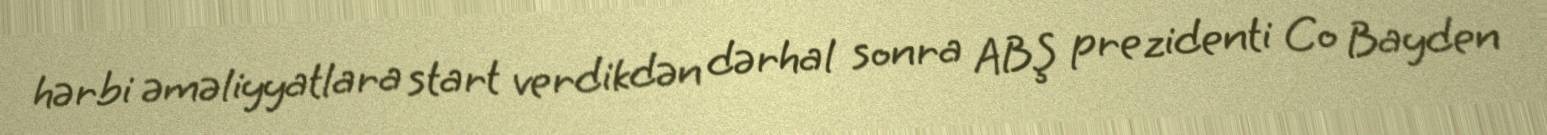
hərbi əməliyyatlara start verdikdən dərhal sonra ABŞ prezidenti Co Bayden